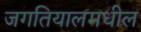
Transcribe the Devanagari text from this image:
जगतियालमधील